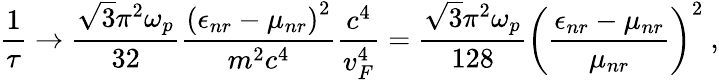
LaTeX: \frac{1}{\tau}\rightarrow\frac{\sqrt{3}\pi^{2}\omega_{p}}{32}\frac{\left(\epsilon_{nr}-\mu_{nr}\right)^{2}}{m^{2}c^{4}}\frac{c^{4}}{v_{F}^{4}}=\frac{\sqrt{3}\pi^{2}\omega_{p}}{128}\left(\frac{\epsilon_{nr}-\mu_{nr}}{\mu_{nr}}\right)^{2}\ ,